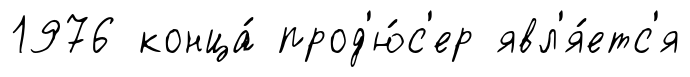
1976 конца́ прод'ю́с'ер явл'я́етс'я